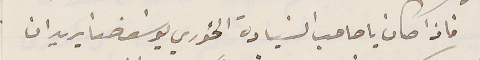
فاذا كان يا صاحب السَيادة الخوري يوسَف حنا يريد ان